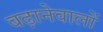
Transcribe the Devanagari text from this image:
बढ़ानेवालों